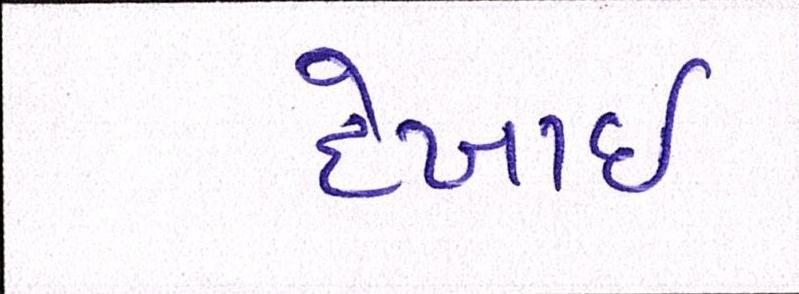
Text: દેખાઈ